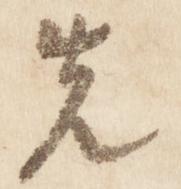
先